Medical and sanitary report of the native army of Madras for the year
Year: 1876
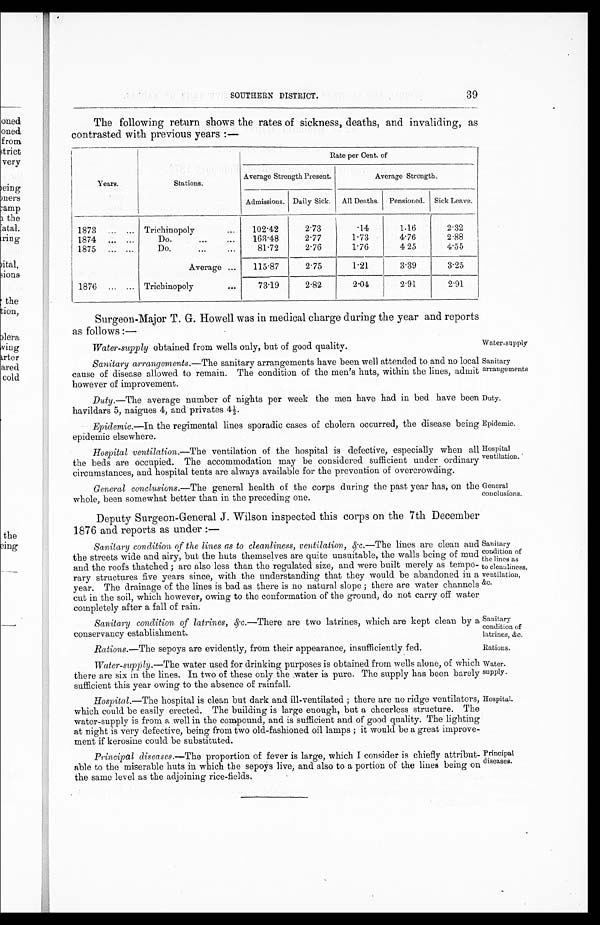
Water-supply obtained from wells only, but of good quality.
Water-supply
Sanitary
arrangements
Duty.
Epidemic.
Hospital
ventilation.
Water-
supply.
Hospital.
SOUTHERN DISTRICT.
39
The following return shows the rates of sickness, deaths, and invaliding, as
contrasted with previous years :—
Years.
Stations.
Rate per Cent. of
Average Strength Present.
Average Strength.
Admissions. Daily Sick.
All Deaths.
Pensioned.
Sick Leave.
1873
... ... Trichinopoly
...
102.42
2.73
.14
1.16
2.32
1874
...
...
Do.
...
...
163.48
2.77
1.73
4.76
2.88
1875
... ...
Do.
. . . . . .
81.72
2.76
1.76
4.25
4.55
Average ...
115.87
2.75
1.21
3.39
3.25
1876
... ... Trichinopoly
. . .
73.19
2.82
2.04
2.91
2.91
Surgeon-Major T. G. Howell was in medical charge during the year and reports
as follows :—
Sanitary arrangements .—The sanitary arrangements have been well attended to and no local
cause of disease allowed to remain. The condition of the men’s huts, within the lines, admit
however of improvement.
Duty.—The average number of nights per week the men have had in bed have been
havildars 5, naigues 4, and privates 4½.
Epidemic .—In the regimental lines sporadic cases of cholera occurred, the disease being
epidemic elsewhere.
Hospital ventilation .—The ventilation of the hospital is defective, especially when all
the beds are occupied. The accommodation may be considered sufficient under ordinary
circumstances, and hospital tents are always available for the prevention of overcrowding.
General conclusions .—The general health of the corps during the past year has, on the
whole, been somewhat better than in the preceding one.
General
conclusions.
Deputy Surgeon-General J. Wilson inspected this corps on the 7th December
1876 and reports as under :—
Sanitary condition of the lines as to cleanliness, ventilation, & c .—The lines are clean and
the streets wide and airy, but the huts themselves are quite unsuitable, the walls being of mud
and the roofs thatched; are also less than the regulated size, and were built merely as tempo-
rary structures five years since, with the understanding that they would be abandoned in a
year. The drainage of the lines is bad as there is no natural slope; there are water channels
cut in the soil, which however, owing to the conformation of the ground, do not carry off water
completely after a fall of rain.
Sanitary
condition of
the lines as
to cleanliness,
ventilation,
&c.
Sanitary
condition of
latrines, &c.
Sanitary condition of latrines, &c .—There are two latrines, which are kept clean by a
conservancy establishment.
Rations .—The sepoys are evidently, from their appearance, insufficiently fed.
Rations.
Water-supply .—The water used for drinking purposes is obtained from wells alone, of which
there are six in the lines. In two of these only the water is pure. The supply has been barely
sufficient this year owing to the absence of rainfall.
Hospital .—The hospital is clean but dark and ill-ventilated; there are no ridge ventilators,
which could be easily erected. The building is large enough, but a cheerless structure. The
water-supply is from a well in the compound, and is sufficient and of good quality. The lighting
at night is very defective, being from two old-fashioned oil lamps; it would be a great improve-
ment if kerosine could be substituted.
Principal diseases .—The proportion of fever is large, which I consider is chiefly attribut-
able to the miserable huts in which the sepoys live, and also to a portion of the lines being on
the same level as the adjoining rice-fields.
Principal
diseases.